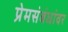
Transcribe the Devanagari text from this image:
प्रेमसंबंधांवर